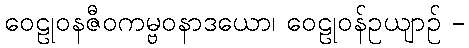
ဝေဠုဝနဇီဝကမ္ဗဝနာဒယော၊ ဝေဠုဝန်ဥယျာဉ် -